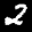
Label: 2